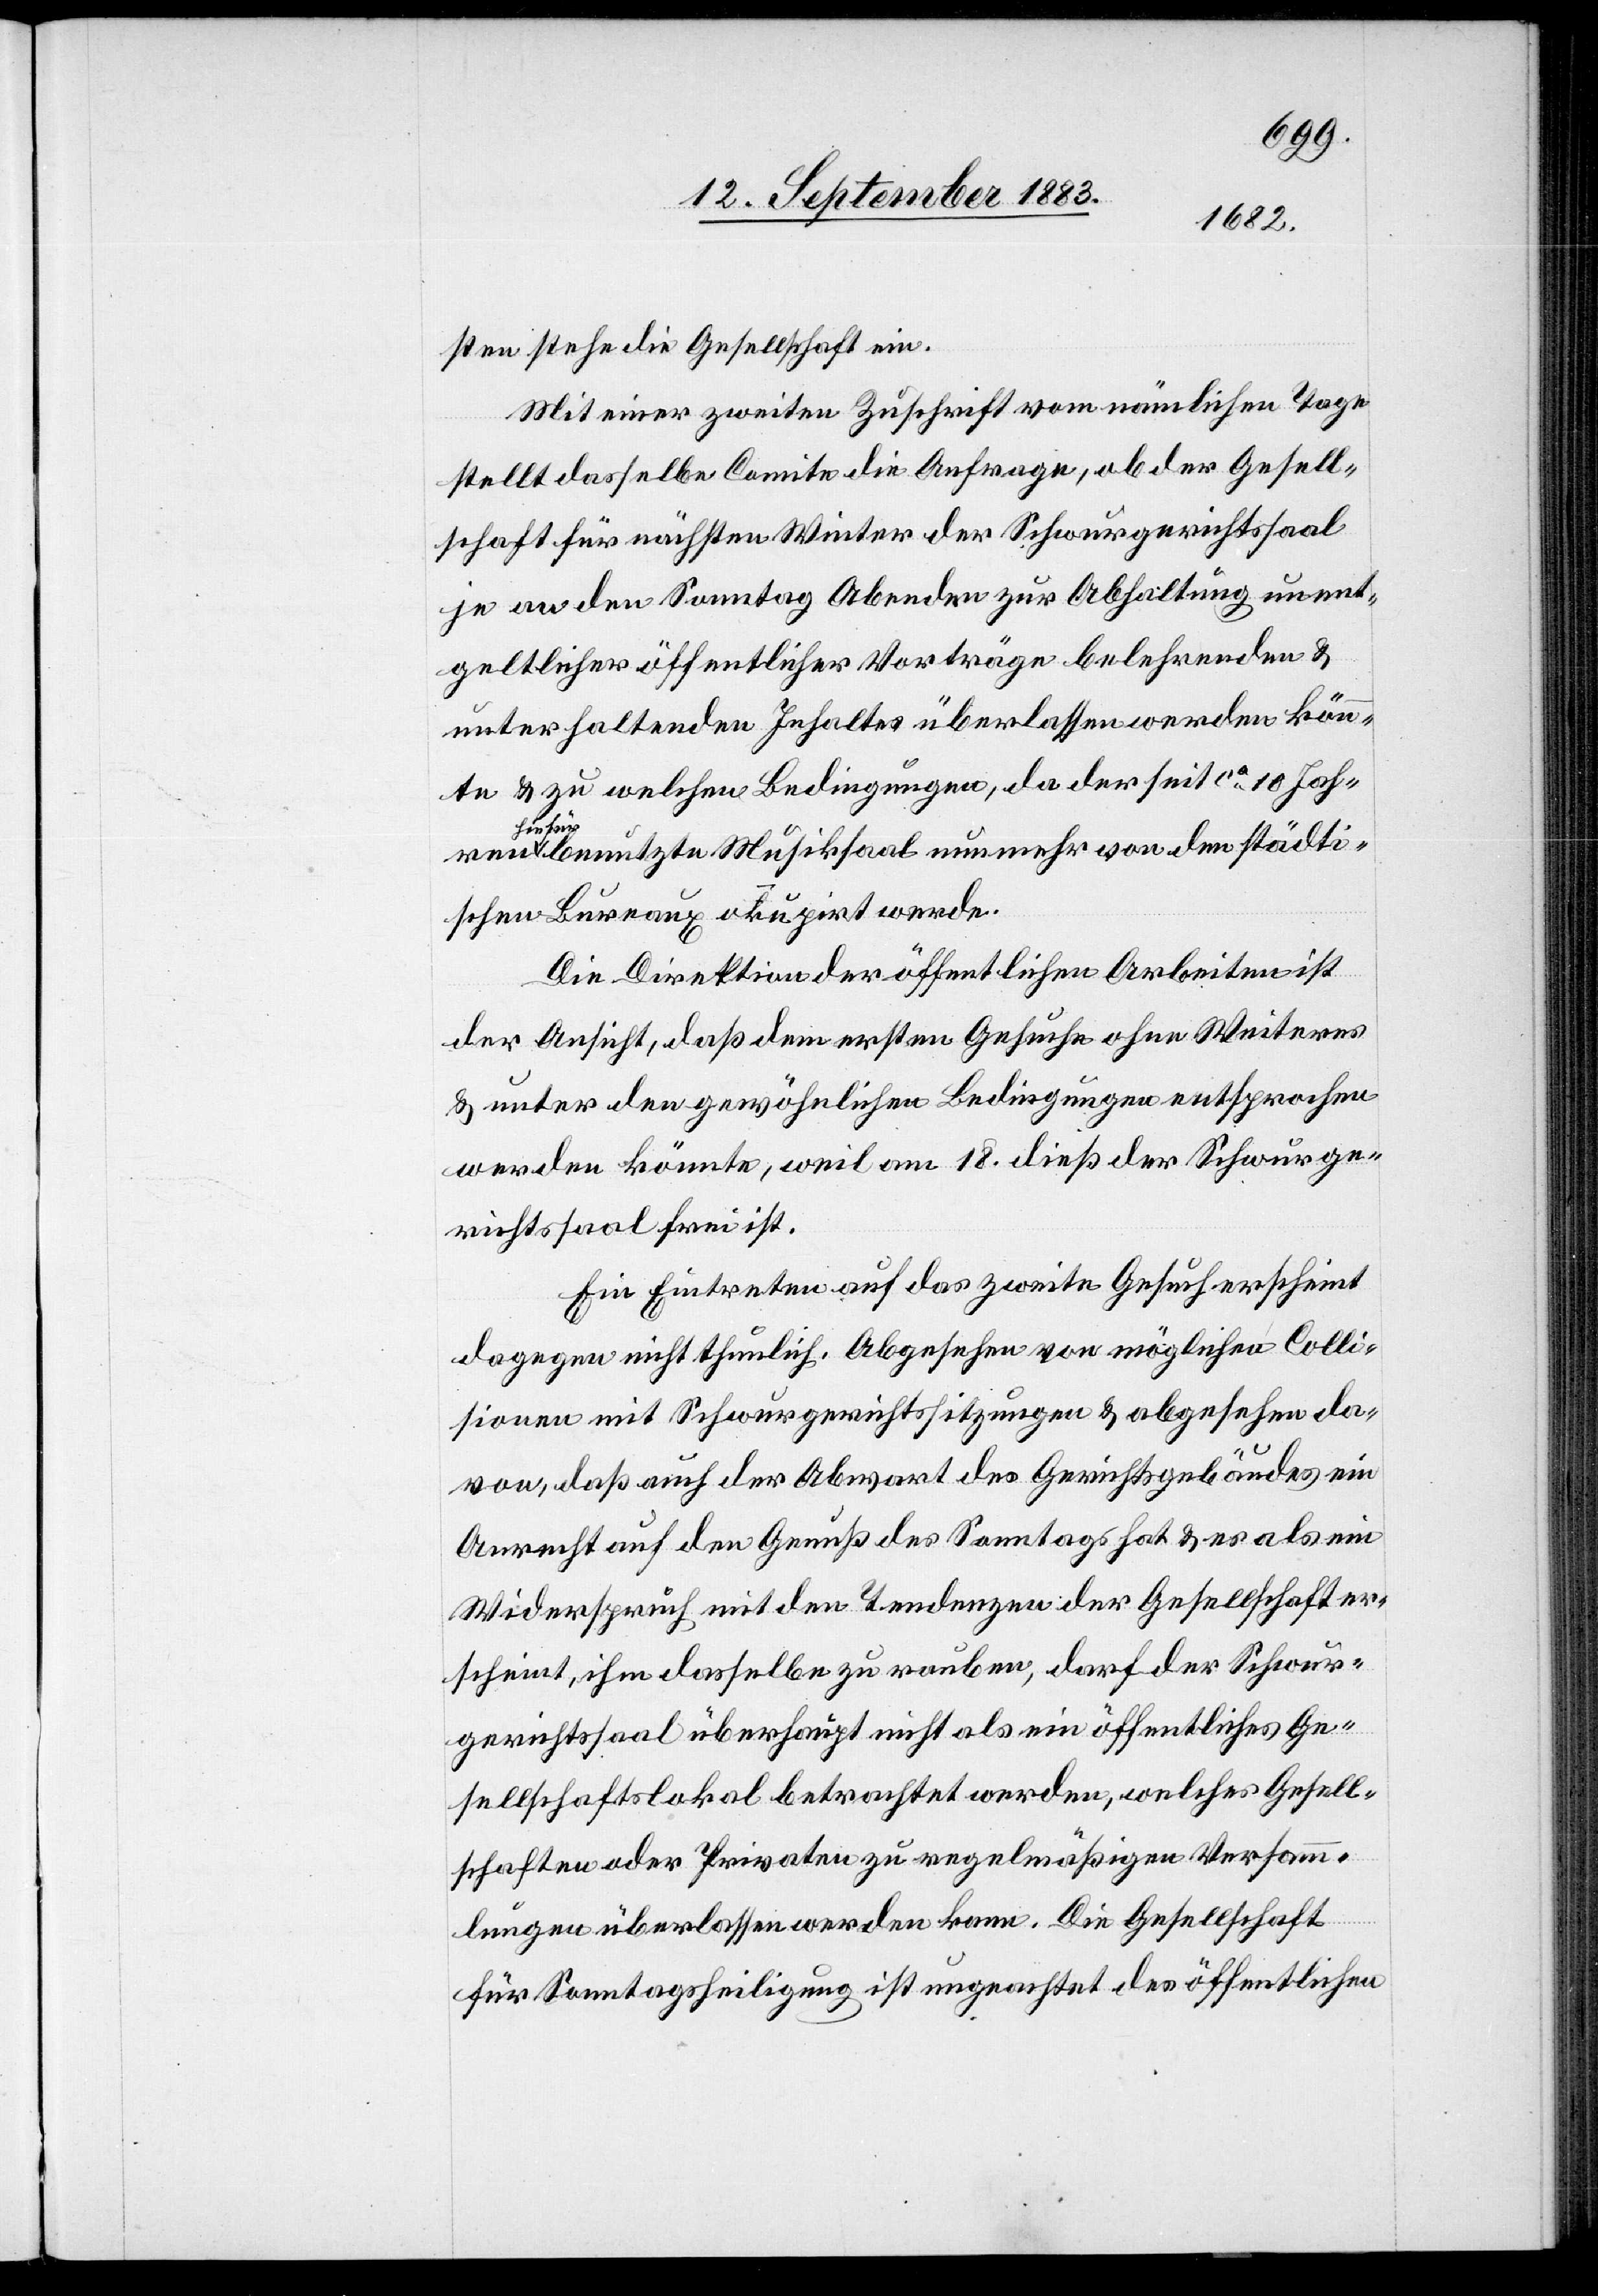
sten stehe die Gesellschaft ein.
Mit einer zweiten Zuschrift vom nämlichen Tage
stellt das Comite die Anfrage, ob der Gesell¬
schaft für nächsten Winter der Schwurgerichtssaal
je an den Sonntag Abenden zur Abhaltung unent¬
geltlicher öffentlicher Vorträge überlassen werden k¬
te & zu welchen Bedingungen, da der seit ca 10 Jah¬
hiefü¬
r benutzte Musiksaal nunmehr von den städti¬
schen Bureaux okupirt werde.
Die Direktion der öffentlichen Arbeiten ist
der Ansicht, daß dem ersten Gesuche ohne Weiteres
& unter den gewöhnlichen Bedingungen entsprochen
werden könnte, weil am 18. dieß der Schwurge¬
richtssaal frei ist.
Ein Eintreten auf das zweite Gesuch erscheint
dagegen nicht thunlich. Abgesehen von möglichen Colli¬
sionen mit Schwurgerichtssitzungen & abgesehen da¬
von, daß auch der Abwart des Gerichtsgebäudes ein
Anrecht auf den Genuß des Sonntags hat & es als ein
Widerspruch mit den Tendenzen der Gesellschaft er¬
scheint, ihm dasselbe zu rauben, darf der Schwur¬
gerichtssaal überhaupt nicht als ein öffentliches Ge¬
sellschaftslokal betrachtet werden, welches Gesell¬
schaften oder Privaten zu regelmäßigen Versamm¬
lungen überlassen werden kann. Die Gesellschaft
für Sonntagsheiligung ist ungeachtet des öffentlichen